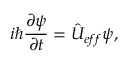
i \hbar \frac { \partial \psi } { \partial t } = \hat { U } _ { e f f } \psi ,